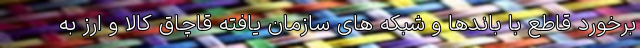
برخورد قاطع با باندها و شبکه های سازمان یافته قاچاق کالا و ارز به